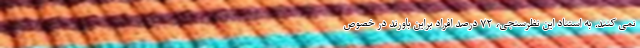
نمی­ کنند. به استناد این نظرسنجی، ۷۲ درصد افراد براین باورند در خصوص